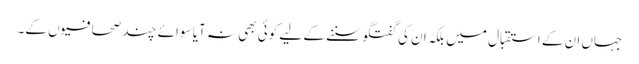
جہاں ان کے استقبال میں بلکہ ان کی گفتگو سننے کے لیے کوئی بھی نہ آیا سوائے چند صحافیوں کے۔